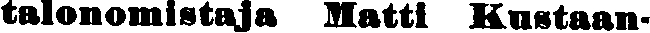
talonomistaja Matti Kustaan-